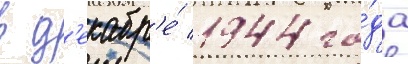
в д'екабр'е́ 1944 го́да